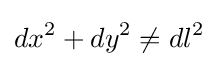
dx^{2}+dy^{2}\neq dl^{2}